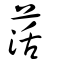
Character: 萿